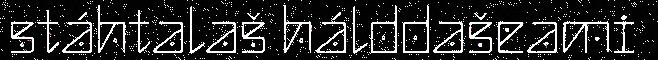
stáhtalaš hálddašeami